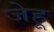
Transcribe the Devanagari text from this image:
जेहू